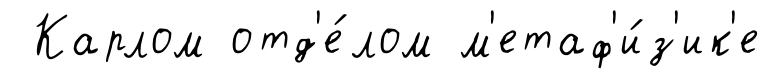
Карлом отд'е́лом м'етаф'и́з'ик'е